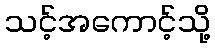
သင့်အကောင့်သို့